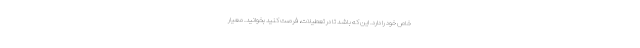
خاص خود را دارد. این که باشد تا در تعطیلات، فرصت کنید بخوانید. معیار